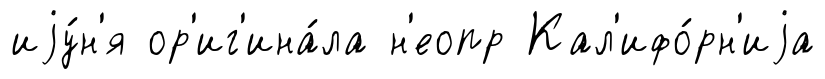
иjу́н'я ор'иг'ина́ла н'еопр Кал'ифо́рн'иjа